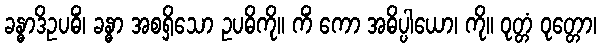
ခန္ဓာဒိဥပဓိံ၊ ခန္ဓာ အစရှိသော ဥပဓိကို။ ကိံ ကော အဓိပ္ပါယော၊ ကို။ ဝုတ္တံ ဝုတ္တော၊